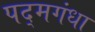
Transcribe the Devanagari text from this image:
पद्‌मगंधा